Bréfritari: Sæmundur Jónsson
Viðtakandi: Páll Pálsson
Dagsetning: A-1868-10-29
Skrifað á: Hraungerði
Sæmundur var maður Stefaníu Siggeirsdóttur bróðurdóttur Páls Pálssonar

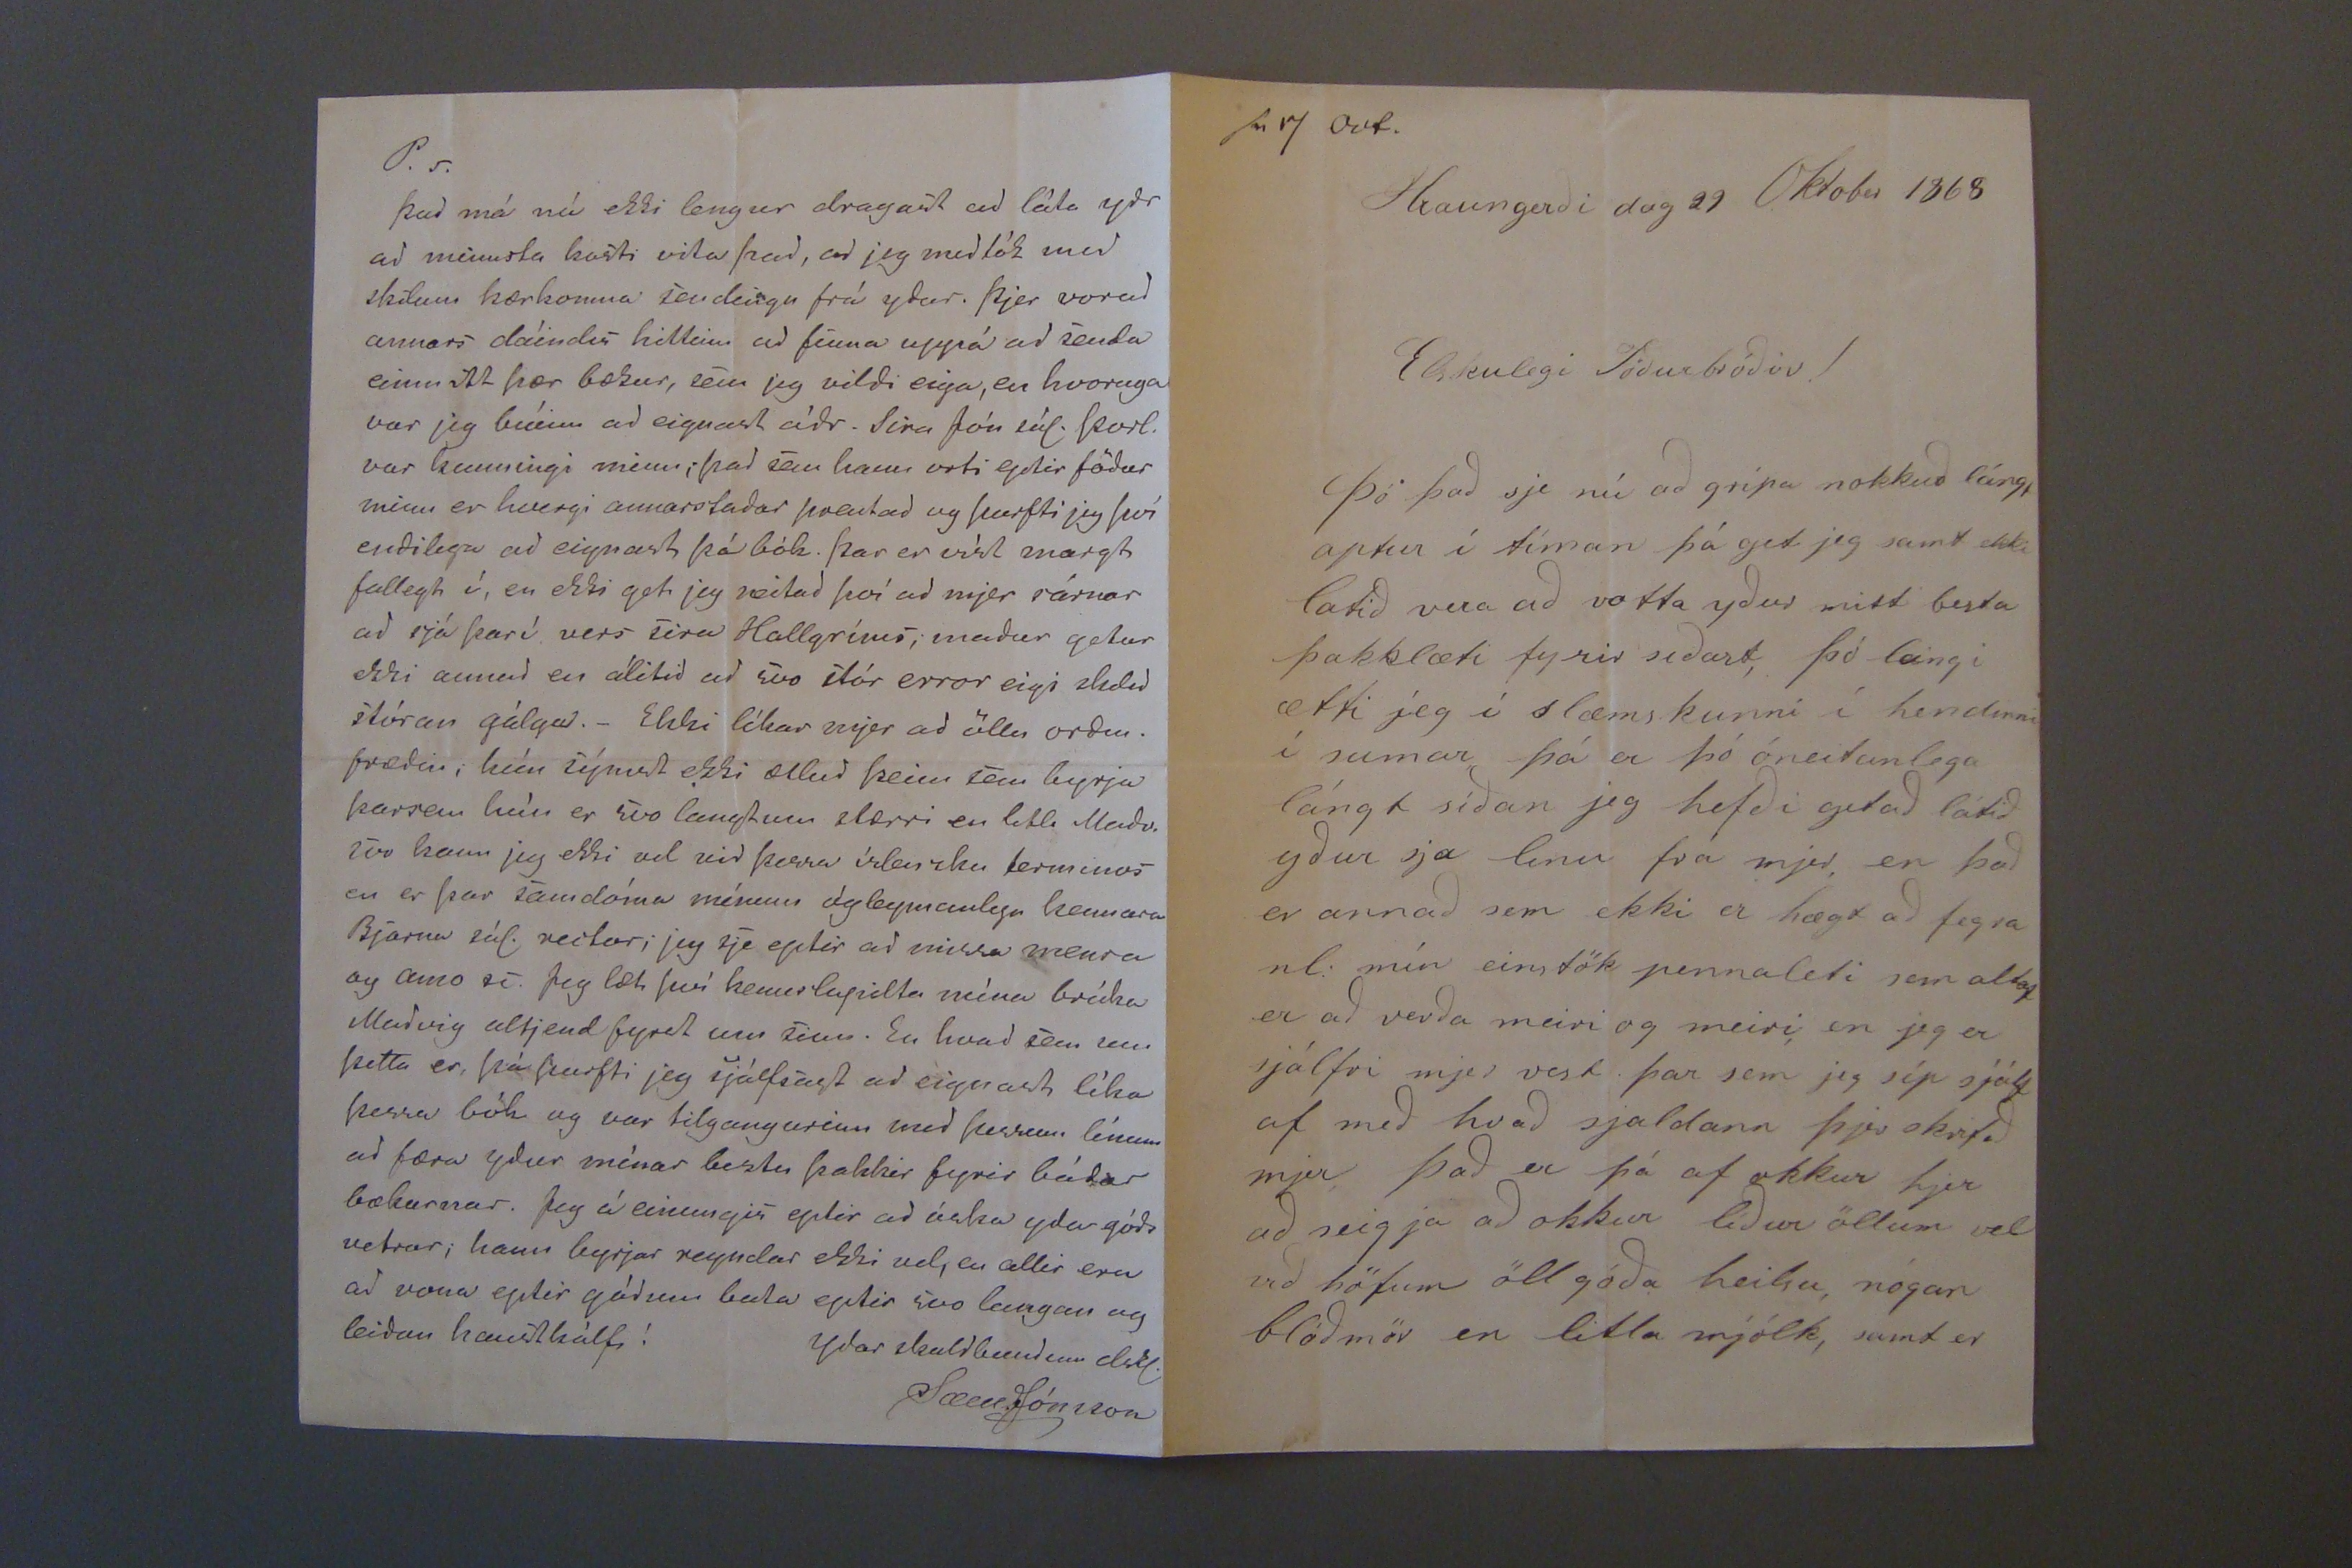

P.s. Það má nú ekki lengur dragast ad láta ydr ad minnsta kosti vita þad, ad jeg medtók med skilum kærkomna sendingu frá ydur. Þjer vorud annars dáindis hillinn ad finna uppá ad senda einmitt þær bækur, sem jeg vildi eiga, en hvoruga var jeg búin ad eignast ádr. Sira Jón sál. Þorl. var kunningi minn; þad sem hann orti eptir födur minn er hvergi annarstadar
þrautad
og þurfti jeg því endilega ad eignast þá bók. Þar er víst margt fallegt í, en ekki get jeg neitad því ad mjer sárnar ad sjá þar í vers sira Hallgríms; madur getur ekki annad en álitid ad svo stór error eigi
slidir
stóran gálga._ Ekki líkar mjer ad öllu ordin. frædin; hún sýnist ekki ætlud þeim sem byrja þarsem hún er svo langtum stærri en litli Madu. svo kann jeg ekki vel vid þessa útlensku
terminor
en er þar samdóma mínum ógleymanlega kennara Bjarna sál. rector; jeg sje eptir ad missa
velura ay anno 00
Jeg læt því kennslupilta mína brúka
Madvig
altjend fyrst um sinn. En hvad sem um þetta er, þá þurfti jeg sjálfsagt ad eignast líka þessa bók og var tilgangurinn med þessum línum ad færa ydur mínar beztu þakkir fyrir bádar bækurnar. Jeg á einungis eptir ad óska ydur góds vetrar; hann byrjar reyndar ekki vel, en allir eru ad vona eptir gódum bata eptir svo langan og leidan haustkálfi!
Ydar skuldbundinn elskl.
Sæm.Jónsson